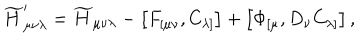
{ \widetilde H } _ { \mu \nu \lambda } ^ { \prime } = { \widetilde H } _ { \mu \nu \lambda } - \left[ F _ { [ \mu \nu } , C _ { \lambda ] } \right] + \left[ \Phi _ { [ \mu } , D _ { \nu } C _ { \lambda ] } \right] ,